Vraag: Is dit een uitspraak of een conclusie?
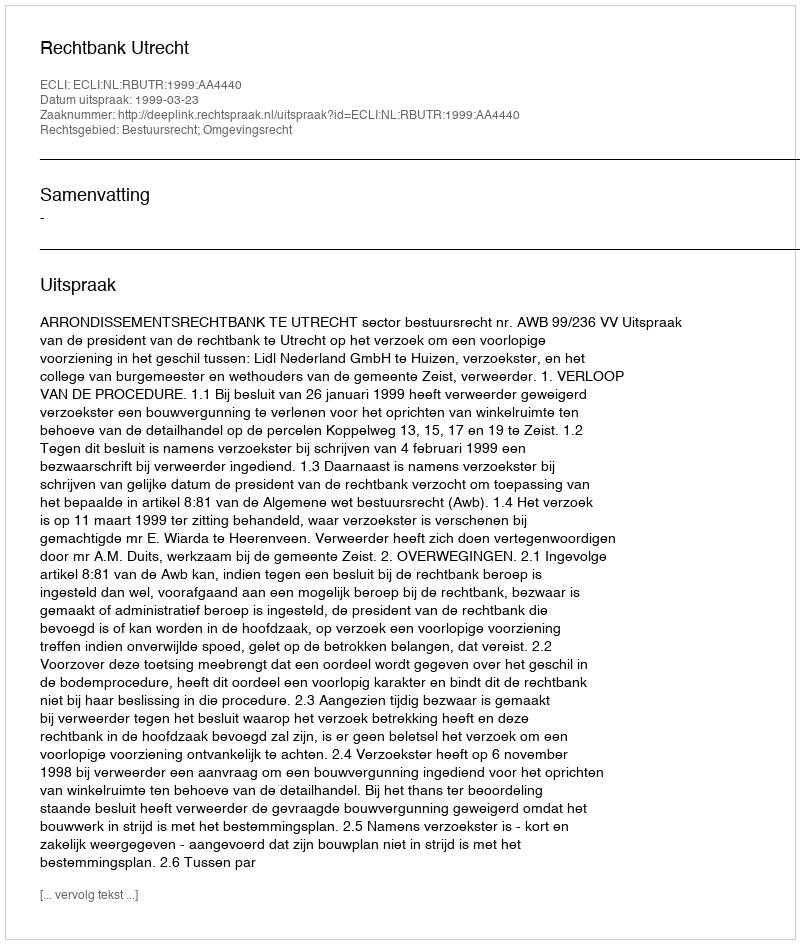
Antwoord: Uitspraak